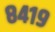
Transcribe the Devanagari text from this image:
८४१९